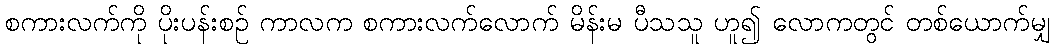
စကားလက်ကို ပိုးပန်းစဉ် ကာလက စကားလက်လောက် မိန်းမ ပီသသူ ဟူ၍ လောကတွင် တစ်ယောက်မျှ